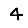
Digit: 4